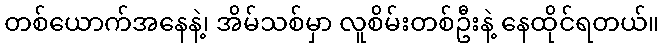
တစ်ယောက်အနေနဲ့၊ အိမ်သစ်မှာ လူစိမ်းတစ်ဦးနဲ့ နေထိုင်ရတယ်။